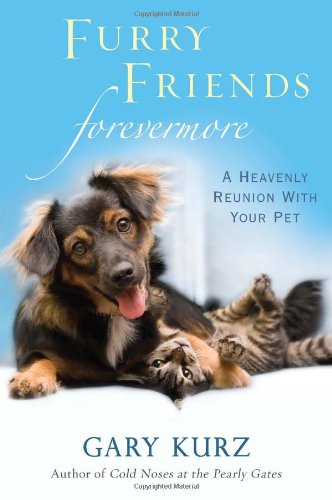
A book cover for Furry Friends Forevermore: A Heavenly Reunion with Your Pet; Gary Kurz; Crafts, Hobbies & Home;